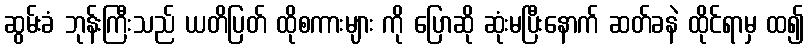
ဆွမ်းခံ ဘုန်းကြီးသည် ယတိပြတ် ထိုစကားများ ကို ပြောဆို ဆုံးမပြီးနောက် ဆတ်ခနဲ ထိုင်ရာမှ ထ၍